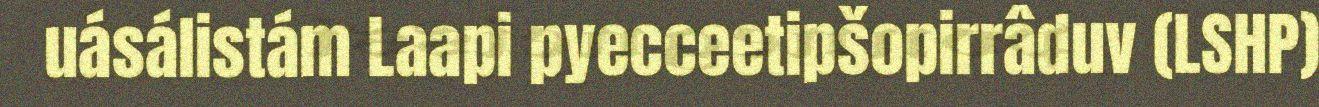
uásálistám Laapi pyecceetipšopirrâduv (LSHP)